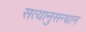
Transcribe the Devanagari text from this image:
सत्यानुसन्धान